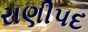
રાણીપદ